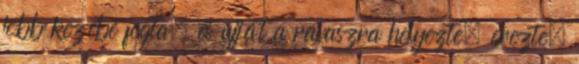
jobb kezébe fogta, és ujját a ravaszra helyezte, érezte,